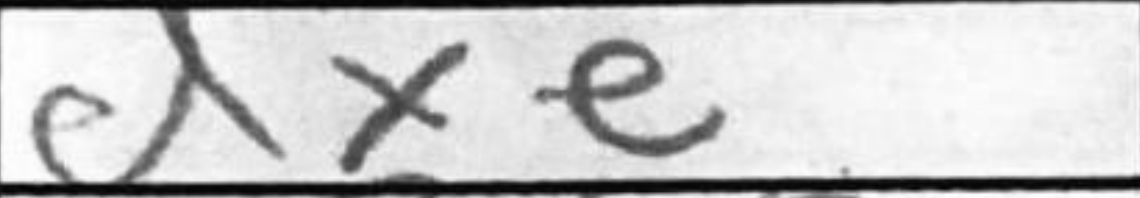
Transcription: dxe